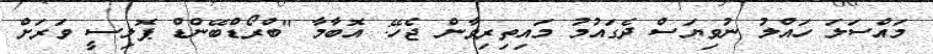
މައްސަލަ ހައްލު ނުވިޔަސް ދެގައުމު މައިތިރިވާން ޖެހޭ: އޮބާމާ "ބްރޯޑްބޭންޑް ޕޮލިސީ ވަރަށް